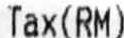
TAX(RM)